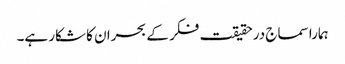
ہمارا سماج درحقیقت فکر کے بحران کا شکار ہے۔